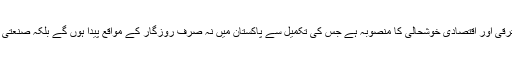
انہوں نے کہا کہ یہ منصوبہ پاکستان کی تعمیر و ترقی اور اقتصادی خوشحالی کا منصوبہ ہے جس کی تکمیل سے پاکستان میں نہ صرف روزگار کے مواقع پیدا ہوں گے بلکہ صنعتی و اقتصادی سرگرمیوں میں بھی نمایاں اضافہ ہوگا۔